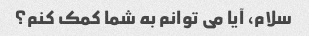
سلام، آیا می توانم به شما کمک کنم؟